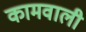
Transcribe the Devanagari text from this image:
कामवाली